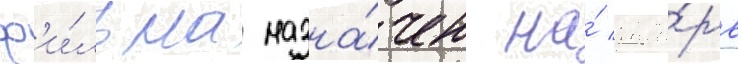
ф'и́льма назна́чен на́ янва́рь